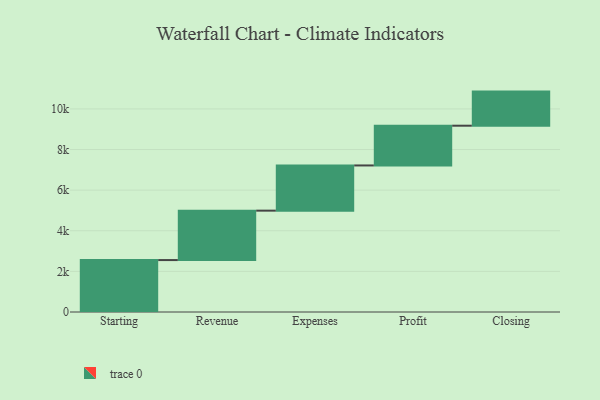
{"axis": {"x": "Step", "y": "Value"}, "legend": [""], "data": [{"x": "Starting", "y": 2557.0, "type": ""}, {"x": "Revenue", "y": 2433.0, "type": ""}, {"x": "Expenses", "y": 2226.0, "type": ""}, {"x": "Profit", "y": 1957.0, "type": ""}, {"x": "Closing", "y": 1679.0, "type": ""}]}